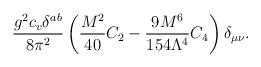
LaTeX: \begin{align*}\frac{g^2 c_v \delta^{ab}}{8\pi^2}\left( \frac{M^2}{40}C_2 - \frac{9M^6}{154\Lambda^4}C_4\right)\delta_{\mu\nu}.\end{align*}